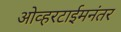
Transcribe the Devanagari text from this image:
ओव्हरटाईमनंतर